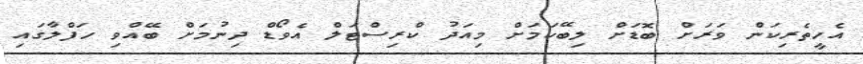
އެހީތެރިކަން ވަރަށް ބޮޑަށް ލިބޭކަމަށް މިއަދު ކްރިސްޓަލް އެވޯޑް ދިނުމަށް ބޭއްވި ހަފްލާގައި